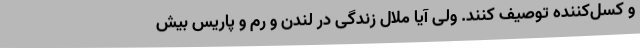
و کسل‌کننده توصیف کنند. ولی آیا ملال زندگی در لندن و رم و پاریس بیش